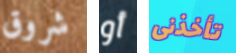
شروق أو تأخذنى